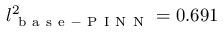
l _ { \mathrm { ~ b ~ a ~ s ~ e ~ - ~ P ~ I ~ N ~ N ~ } } ^ { 2 } = 0 . 6 9 1